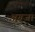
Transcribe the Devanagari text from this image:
अग्रजा